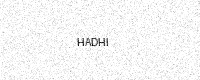
Text: HADHI